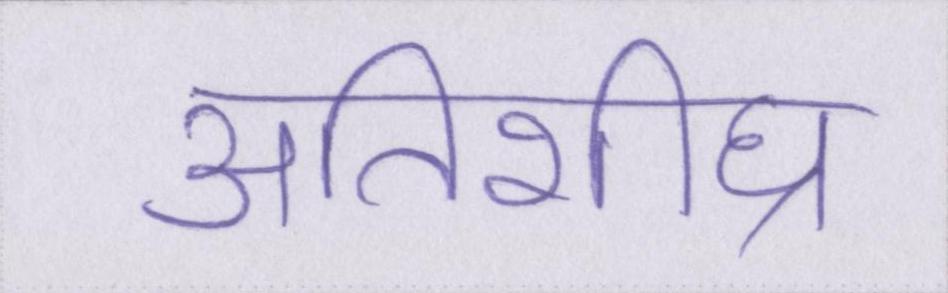
अतिशीघ्र